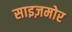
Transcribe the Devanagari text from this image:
साइज़मोर